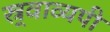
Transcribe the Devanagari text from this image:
स्र्वाव्यपी